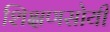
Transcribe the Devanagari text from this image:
शिक्षणसोयी